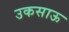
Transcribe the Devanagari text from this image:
उकसाऊ